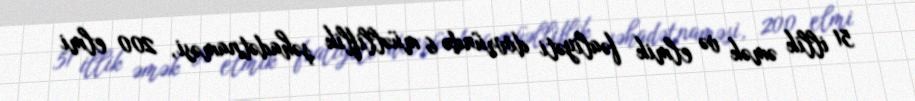
51 illik əmək və elmik fəaliyəti dövründə 6 müəlliflik şəhadətnaməsi, 200 elmi